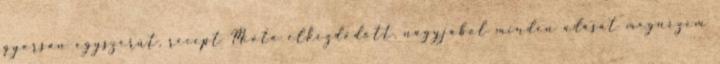
gyorsan egyszerűt, recept Mióta elkezdődött, nagyjából minden adását megnézem